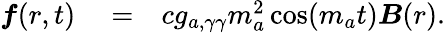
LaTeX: \begin{array}{rlr}{\boldsymbol f(r,t)}&{{}=}&{cg_{a,\gamma\gamma}m_{a}^{2}\cos(m_{a}t){\boldsymbol B}(r).}\end{array}